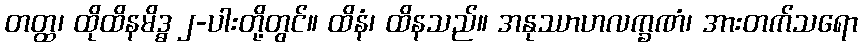
တတ္ထ၊ ထိုထိနမိဒ္ဓ ၂-ပါးတို့တွင်။ ထိနံ၊ ထိနသည်။ အနုဿာဟလက္ခဏံ၊ အားတက်သရော